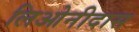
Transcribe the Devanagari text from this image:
लिओनीदास